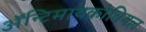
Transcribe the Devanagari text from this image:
ॲन्टिमायक्रोबियल